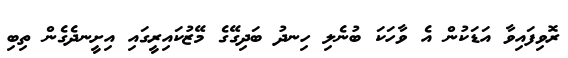
ރޮވިފައިވާ އަޑަކުން އެ ވާހަކަ ބުނެލި ހިނދު ބަދިގޭގެ މޭޒުކައިރީގައި އިށީނދެގެން ތިބި